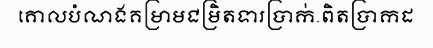
គោលបំណងគម្រាមជម្រិតទារប្រាក់.ពិតប្រាកដ